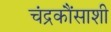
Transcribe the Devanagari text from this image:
चंद्रकौंसाशी